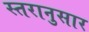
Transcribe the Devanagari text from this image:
स्तरानुसार